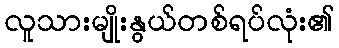
လူသားမျိုးနွယ်တစ်ရပ်လုံး၏